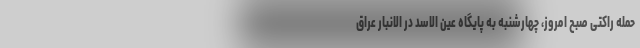
حمله راکتی صبح امروز، چهارشنبه به پایگاه عین الاسد در الانبار عراق